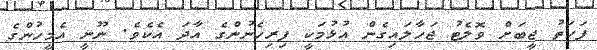
ފަހަތު ޖީބަށް ވޮލެޓު ޖަހާލައިގެން އުޅުމަކީ ފިރިހެނުންގެ އާދަ އެކެވެ. ނޫނީ އެމީހުންގެ